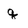
Character: q